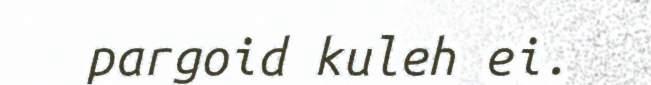
pargoid kuleh ei.